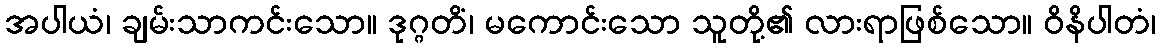
အပါယံ၊ ချမ်းသာကင်းသော။ ဒုဂ္ဂတိံ၊ မကောင်းသော သူတို့၏ လားရာဖြစ်သော။ ဝိနိပါတံ၊